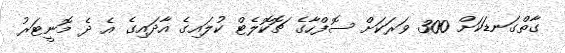
ގާތްގަނޑަކަށް 300 ވަރަކަށް ސޮފްހާގެ ޗޮކޮލެޓް ކުލައިގެ އާދައިގެ އެ ދެ މޮނީޓަރު